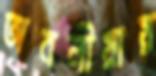
অবলীয়ায়